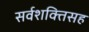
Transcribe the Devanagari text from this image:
सर्वशक्तिसह